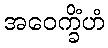
အဝေက္ခိံဟံ